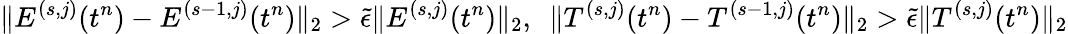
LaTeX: \| E^{(s,j)}(t^{n})-E^{(s-1,j)}(t^{n})\| _{2}>\tilde{\epsilon}\| E^{(s,j)}(t^{n})\| _{2},\ \ \| T^{(s,j)}(t^{n})-T^{(s-1,j)}(t^{n})\| _{2}>\tilde{\epsilon}\| T^{(s,j)}(t^{n})\| _{2}